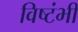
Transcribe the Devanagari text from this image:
विष्टंभी